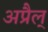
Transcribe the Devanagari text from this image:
अप्रैल्